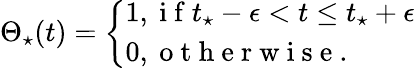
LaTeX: \Theta_{\star}(t)=\left\{ \begin{array}{ll}{1,\mathrm{~i~f~}t_{\star}-\epsilon<t\leq t_{\star}+\epsilon}\\ {0,\mathrm{~o~t~h~e~r~w~i~s~e~.~}}\end{array}\right.